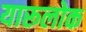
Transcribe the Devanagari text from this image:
यारूलोक